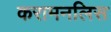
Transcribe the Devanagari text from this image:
करामनलिस